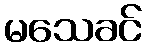
မသေခင်